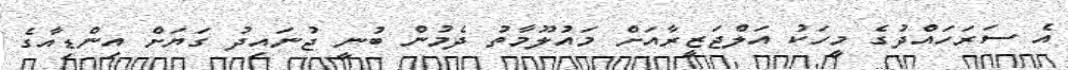
އެ ސަރަހައްދުގެ މީހަކު އަލްޖަޒީރާއަށް މައުލޫމާތު ދެމުން ބުނީ ޖުނައިދު ގަޔަށް އިންޑިއާގެ